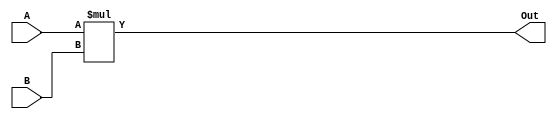
//////////////////////////////////////////////////////////////////////////////////
// Company: SIU Education 
// 
// Design Name: 8 to 16 bit
// Module Name: Multiplier
// Project Name: Final Project
// Target Devices: 
// Tool Versions: 
// Description: 
// 
// Dependencies: 
// 
// Revision:
// Revision 0.01 - File Created
// Additional Comments:
// 
//////////////////////////////////////////////////////////////////////////////////



module mult8_16(
input [0:7]A,
input [0:7]B,
output [0:15] Out
);

assign Out= A * B;
    
    
endmodule